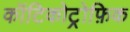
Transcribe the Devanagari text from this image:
कॉटिकोट्रोफ़िक